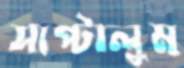
সাপ্‌টালুম